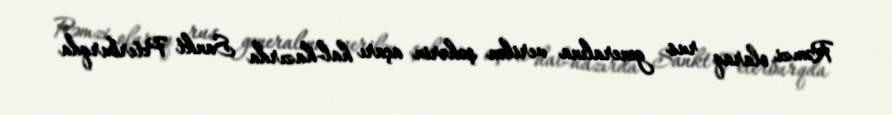
Rəmzi olaraq rus generalına verilən şəhərin açarı hal-hazırda Sankt Peterburqda